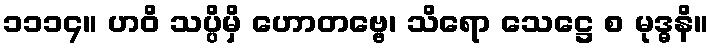
၁၁၁၄။ ဟဝိ သပ္ပိမှိ ဟောတဗ္ဗေ၊ သိရော သေဋ္ဌေ စ မုဒ္ဓနိ။